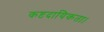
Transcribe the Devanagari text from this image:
कष्टदायिकता।